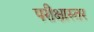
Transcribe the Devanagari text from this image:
परीक्षास्तर